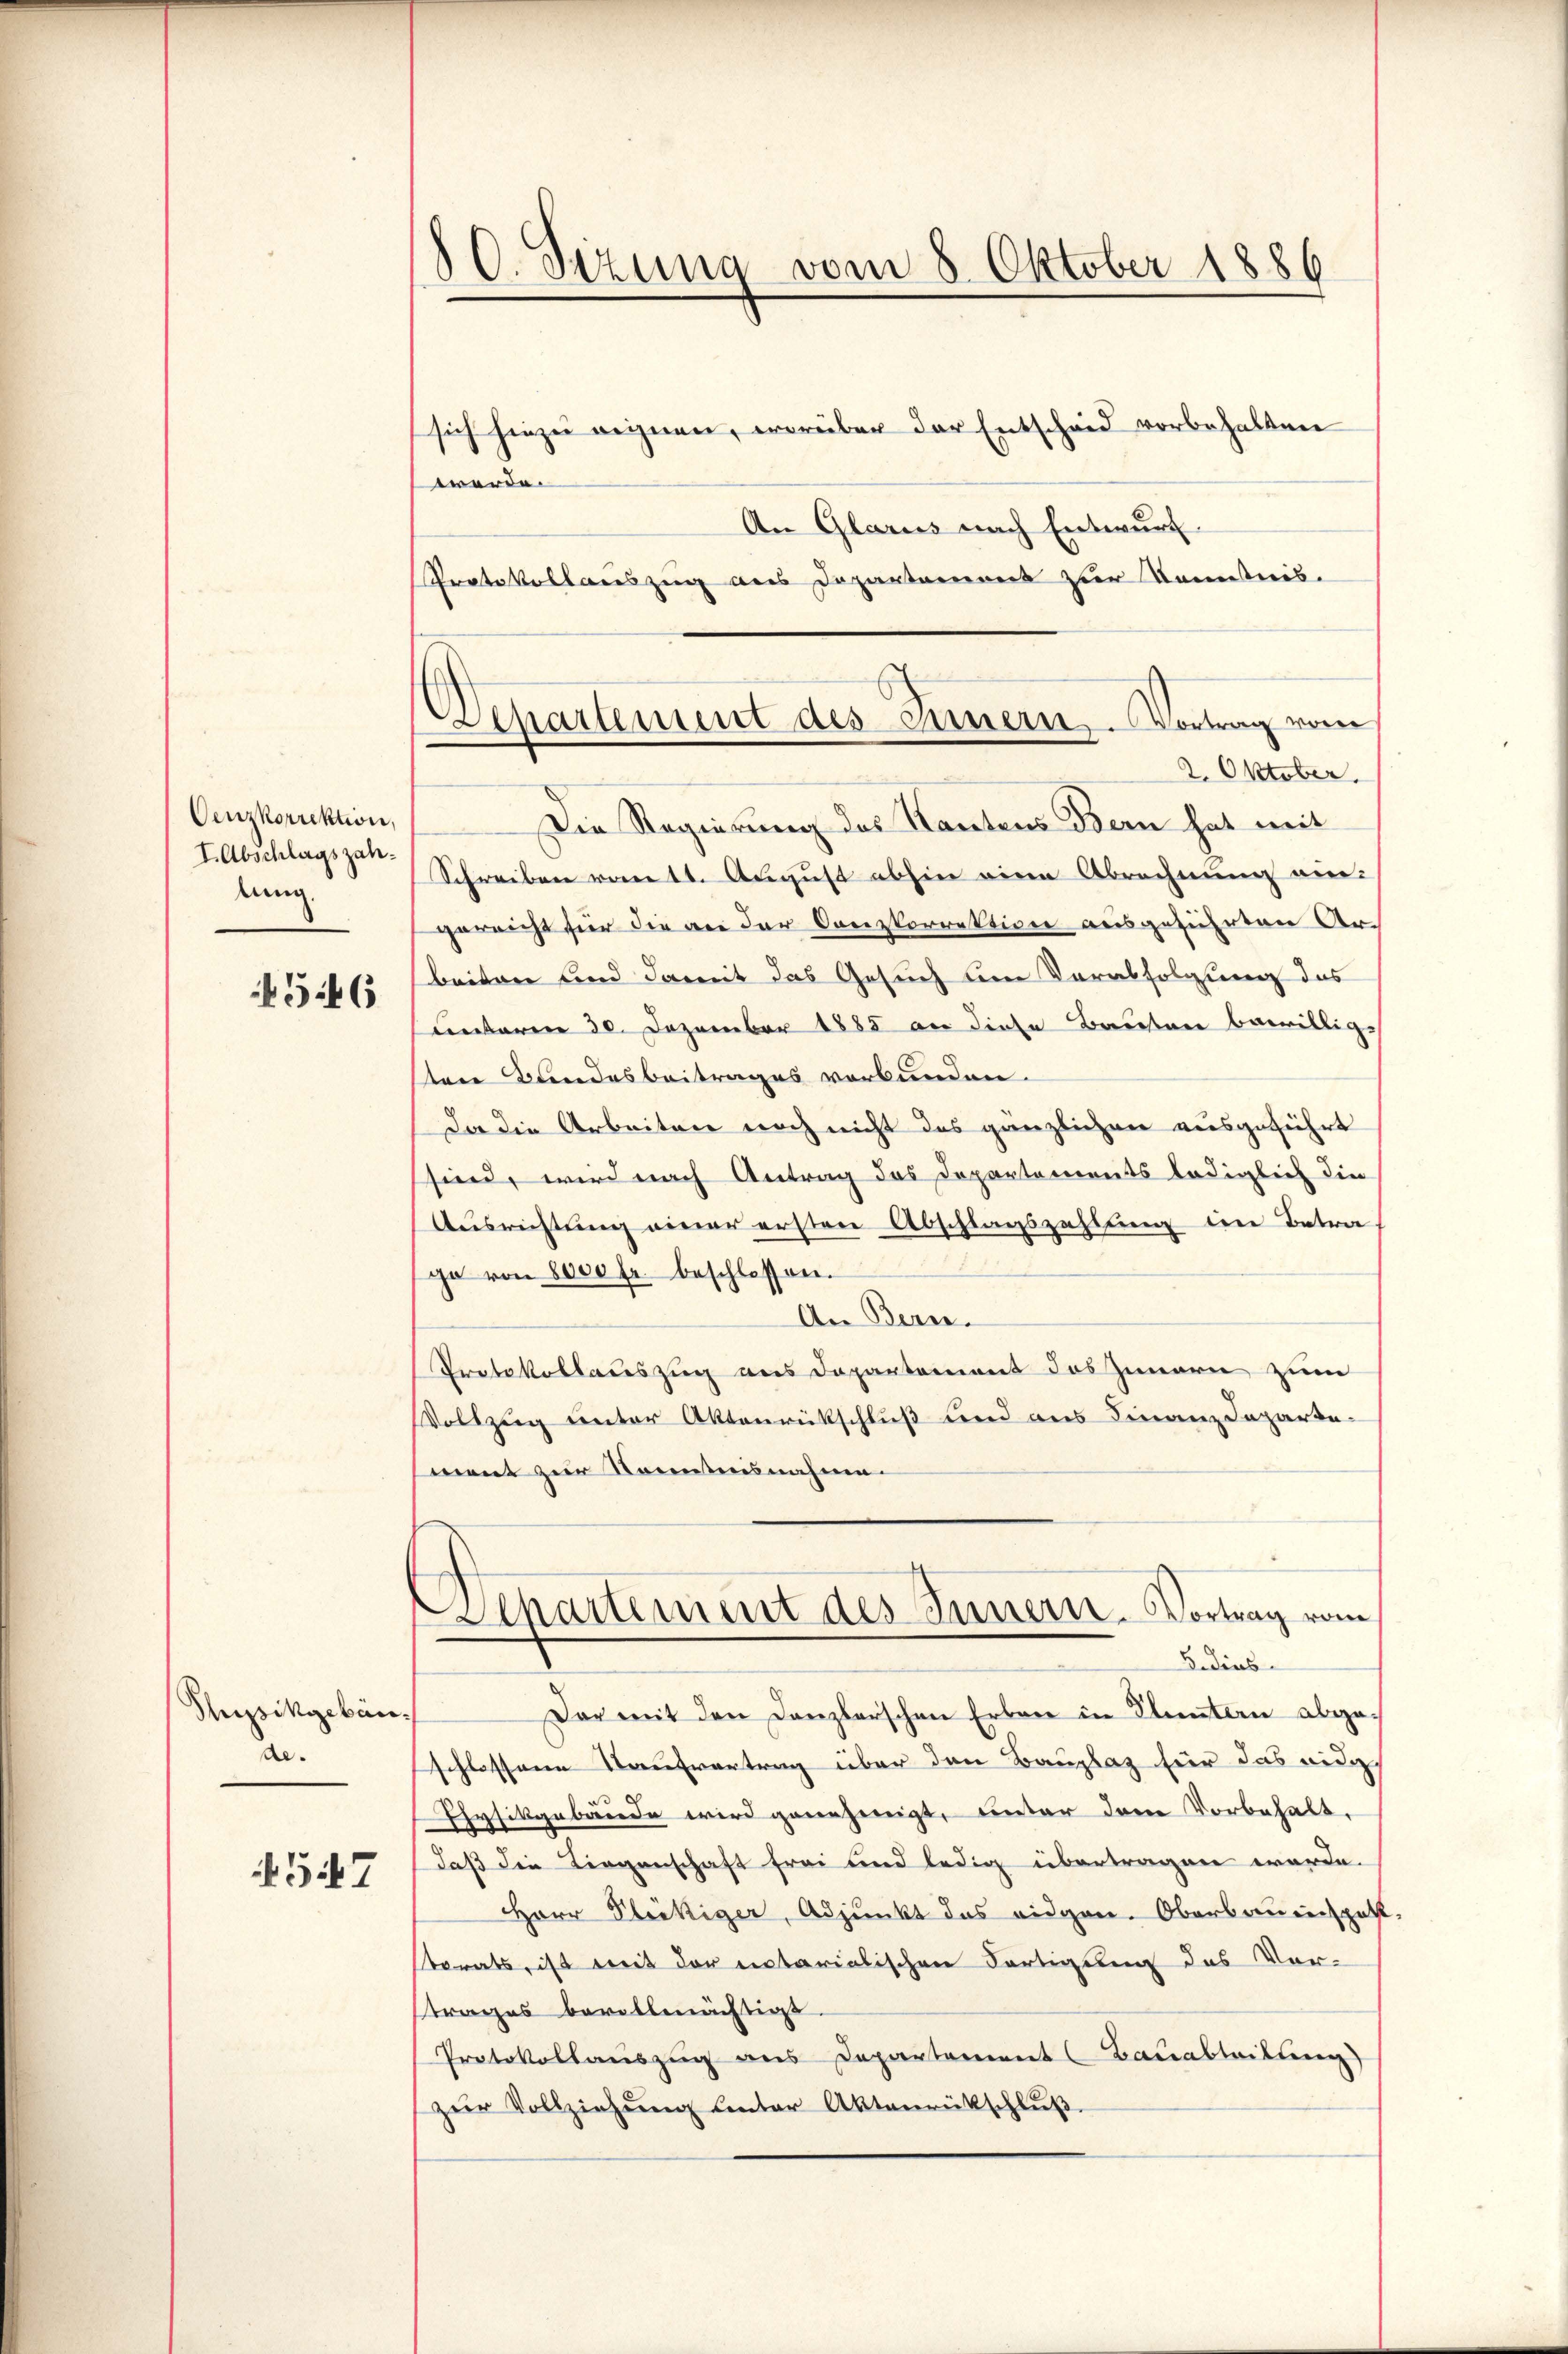
Cenzkorrektion,
I. Abschlagszahlung.

4546

Pupikgebäudar.

547

.
d. Sitzung vom 8. Oktober 1886

sich hiezŭ reinen, worüber der Entscheid vorbehalten
werde.
An Glarus nach Entwurf
Protokollauszug aus Departement zur Kenntnis.
Die Regierung des Kantons Bern hat mit
Schreiben vom tt. August abhin eine Abrechnung ein-
gerricht für die an der Canzkorrektion ausgeführten Ar-
beiten und damit das Gesuch um Verabfolgung das
unteren 30. Dezember 1885 an diese Bauten bewillige
ten Bandesbeitrages verbunden.
Da die Arbeiten noch nicht das gänzlichen ausgeführt
sind, wird nach Antrag des Departements lediglich die
Ausrichtung einer ersten Abschlagszahlung im Betrage von 8000 fr. beschlossen.
An Bern.
Protokollaceszug aus Departement des Innern zum
Vollzug unter Aktenrückschluß und aus Finanzdepartement zur Kenntnisnahme.
chartement des Innern. Vortrag vom
S. dies
Dar mit den Canzlerschen Erbene in Fluntern abgeschlossene Kaufvertrag über den Bauplaz für das eidg
Ehysikgebende wird genehmigt, unter den Vorbehalt.
daß die Liegenschaft frei und ledig übertragen werde.
Herr Pleckiger, Adjunkt das eidgen. Oberbauenspatt,
torats, ist mit der entarialischen Fertigung des Vor-
strages bevollmächtigt.
Protokollauszug aus Departerrent Bauabteilten)
zŭr Vollziehŭng unter Aktenrückschlŭβ

Departement des Innern, Vortrag vom
2. Oktober.